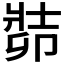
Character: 𠨡